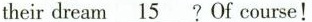
theirdream\underline{15}?Of course!